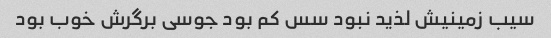
سیب زمینیش لذید نبود سس کم بود جوسی برگرش خوب بود